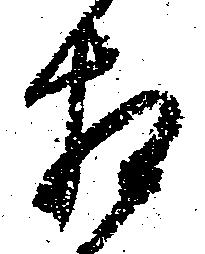
相